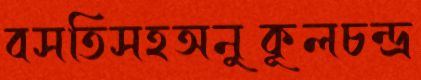
বসতিসহঅনুকূলচন্দ্র